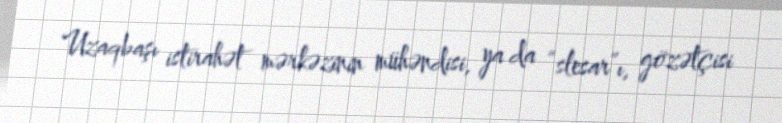
Uzaqbaşı istirahət mərkəzinin mühəndisi, ya da “slesar”ı, gözətçisi